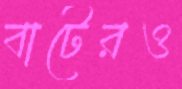
বাটেরও